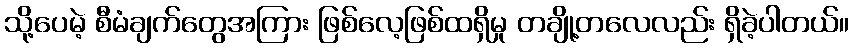
သို့ပေမဲ့ စီမံချက်တွေအကြား ဖြစ်လေ့ဖြစ်ထရှိမှု တချို့တလေလည်း ရှိခဲ့ပါတယ်။